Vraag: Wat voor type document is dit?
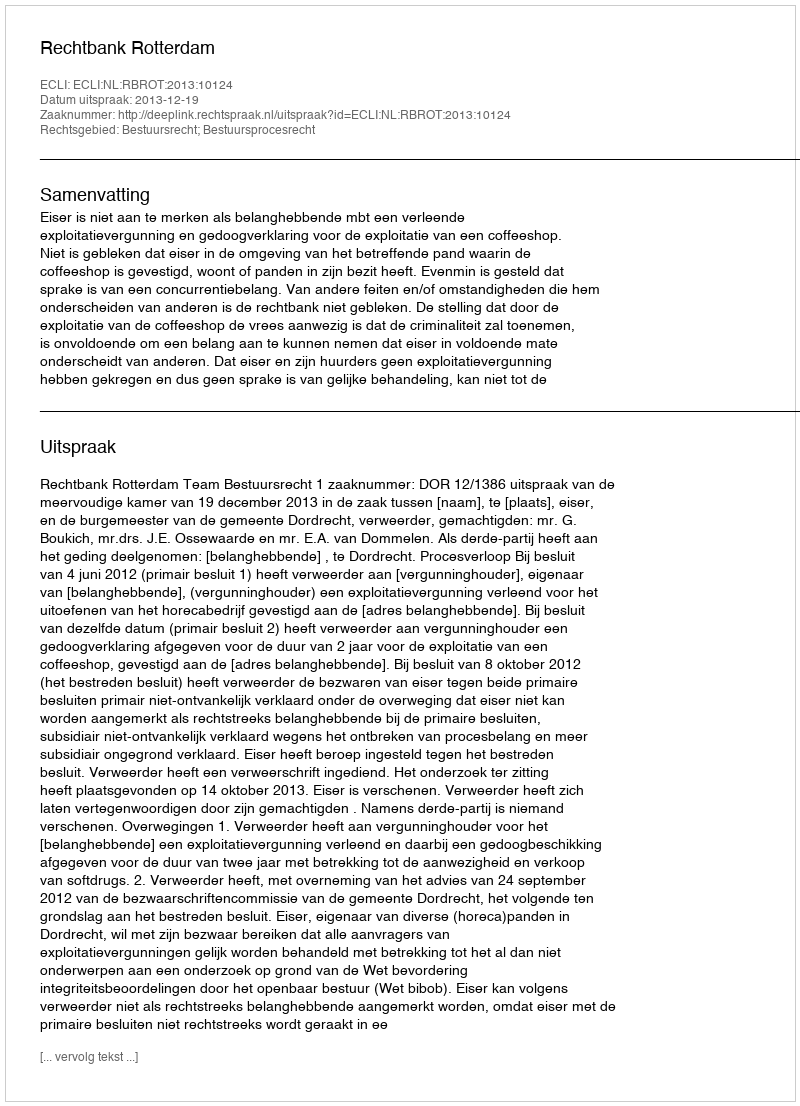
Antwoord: Uitspraak